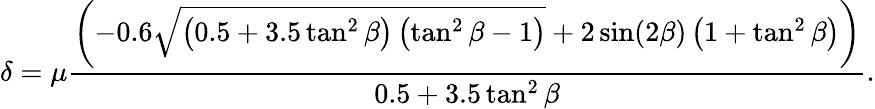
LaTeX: \delta=\mu\frac{\left(-0.6\sqrt{\left(0.5+3.5\tan^{2}\beta\right)\left(\tan^{2}\beta-1\right)}+2\sin(2\beta)\left(1+\tan^{2}\beta\right)\right)}{0.5+3.5\tan^{2}\beta}.